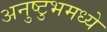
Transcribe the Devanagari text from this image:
अनुष्टुभमध्ये